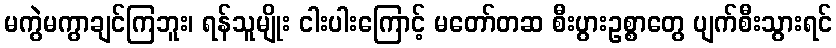
မကွဲမကွာချင်ကြဘူး၊ ရန်သူမျိုး ငါးပါးကြောင့် မတော်တဆ စီးပွားဥစ္စာတွေ ပျက်စီးသွားရင်